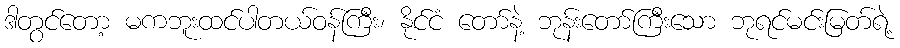
ဒါတွင်တော့ မကဘူးထင်ပါတယ်ဝန်ကြီး၊ နိုင်ငံ တော်နဲ့ ဘုန်းတော်ကြီးသော ဘုရင်မင်းမြတ်ရဲ့